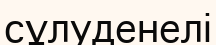
сұлуденелі